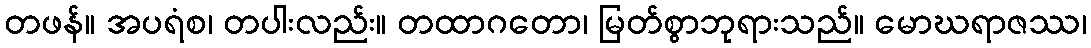
တဖန်။ အပရံစ၊ တပါးလည်း။ တထာဂတော၊ မြတ်စွာဘုရားသည်။ မောဃရာဇဿ၊